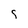
Character: s